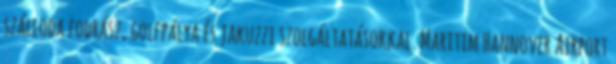
szálloda fodrász, golfpálya és jakuzzi szolgáltatásokkal. Maritim Hannover Airport